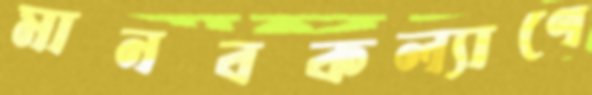
মানবকল্যাণে